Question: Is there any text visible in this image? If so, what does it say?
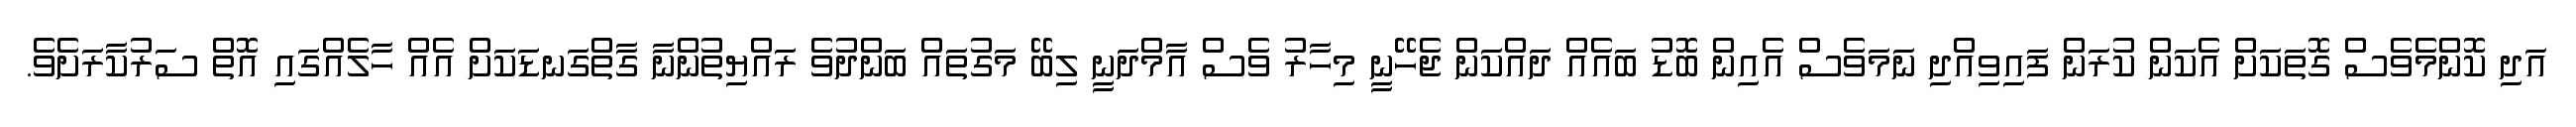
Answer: އަދި ކޮންމެވެސް ގޮތަކަށް އެކަން ކުރަން ފައިވިއްދި ނަމަވެސް އެއިން ބޮޑު ބައެއް ދައްކަން ޖެހޭނީ މިހާރު ވެސް އާމްދަނީ ލިބޭ މަގުތައް ބަންދުވެ ރައްޔިތުންނާ ގާތްގަނޑަކަށް އެއް ހާލެއްގައި އޮތް ސަރުކާރަށެވެ.